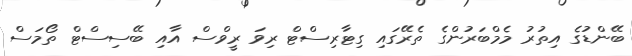
ބޭންޑުގެ އިތުރު މެމްބަރުންގެ ތެރޭގައި ގިޓާރިސްޓް ރިވަ ރީވްސް އާއި ބޭސިސްޓް ތޯމަސް